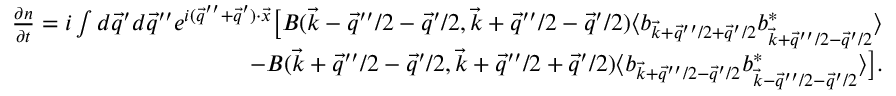
\begin{array} { r } { \frac { \partial n } { \partial t } = i \int d \vec { q } ^ { \prime } d \vec { q } ^ { \prime \prime } e ^ { i ( \vec { q } ^ { \prime \prime } + \vec { q } ^ { \prime } ) \cdot \vec { x } } \big [ B ( \vec { k } - \vec { q } ^ { \prime \prime } / 2 - \vec { q } ^ { \prime } / 2 , \vec { k } + \vec { q } ^ { \prime \prime } / 2 - \vec { q } ^ { \prime } / 2 ) \langle b _ { \vec { k } + \vec { q } ^ { \prime \prime } / 2 + \vec { q } ^ { \prime } / 2 } b _ { \vec { k } + \vec { q } ^ { \prime \prime } / 2 - \vec { q } ^ { \prime } / 2 } ^ { * } \rangle } \\ { - B ( \vec { k } + \vec { q } ^ { \prime \prime } / 2 - \vec { q } ^ { \prime } / 2 , \vec { k } + \vec { q } ^ { \prime \prime } / 2 + \vec { q } ^ { \prime } / 2 ) \langle b _ { \vec { k } + \vec { q } ^ { \prime \prime } / 2 - \vec { q } ^ { \prime } / 2 } b _ { \vec { k } - \vec { q } ^ { \prime \prime } / 2 - \vec { q } ^ { \prime } / 2 } ^ { * } \rangle \big ] . } \end{array}